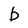
Character: b